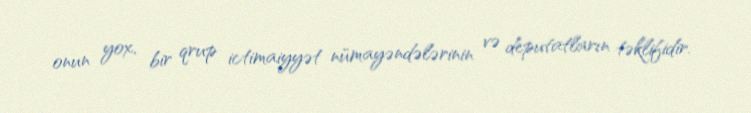
onun yox, bir qrup ictimaiyyət nümayəndələrinin və deputatların təklifidir.